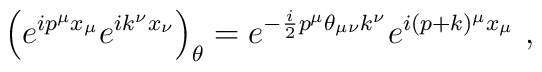
\left ( e^{i p^\mu x_\mu} e^{i k^\nu x_\nu} \right )_\theta= e^{-\frac{i}{2} p^\mu\theta_{\mu \nu} k^\nu} e^{i (p+k)^\mu x_\mu} ~,